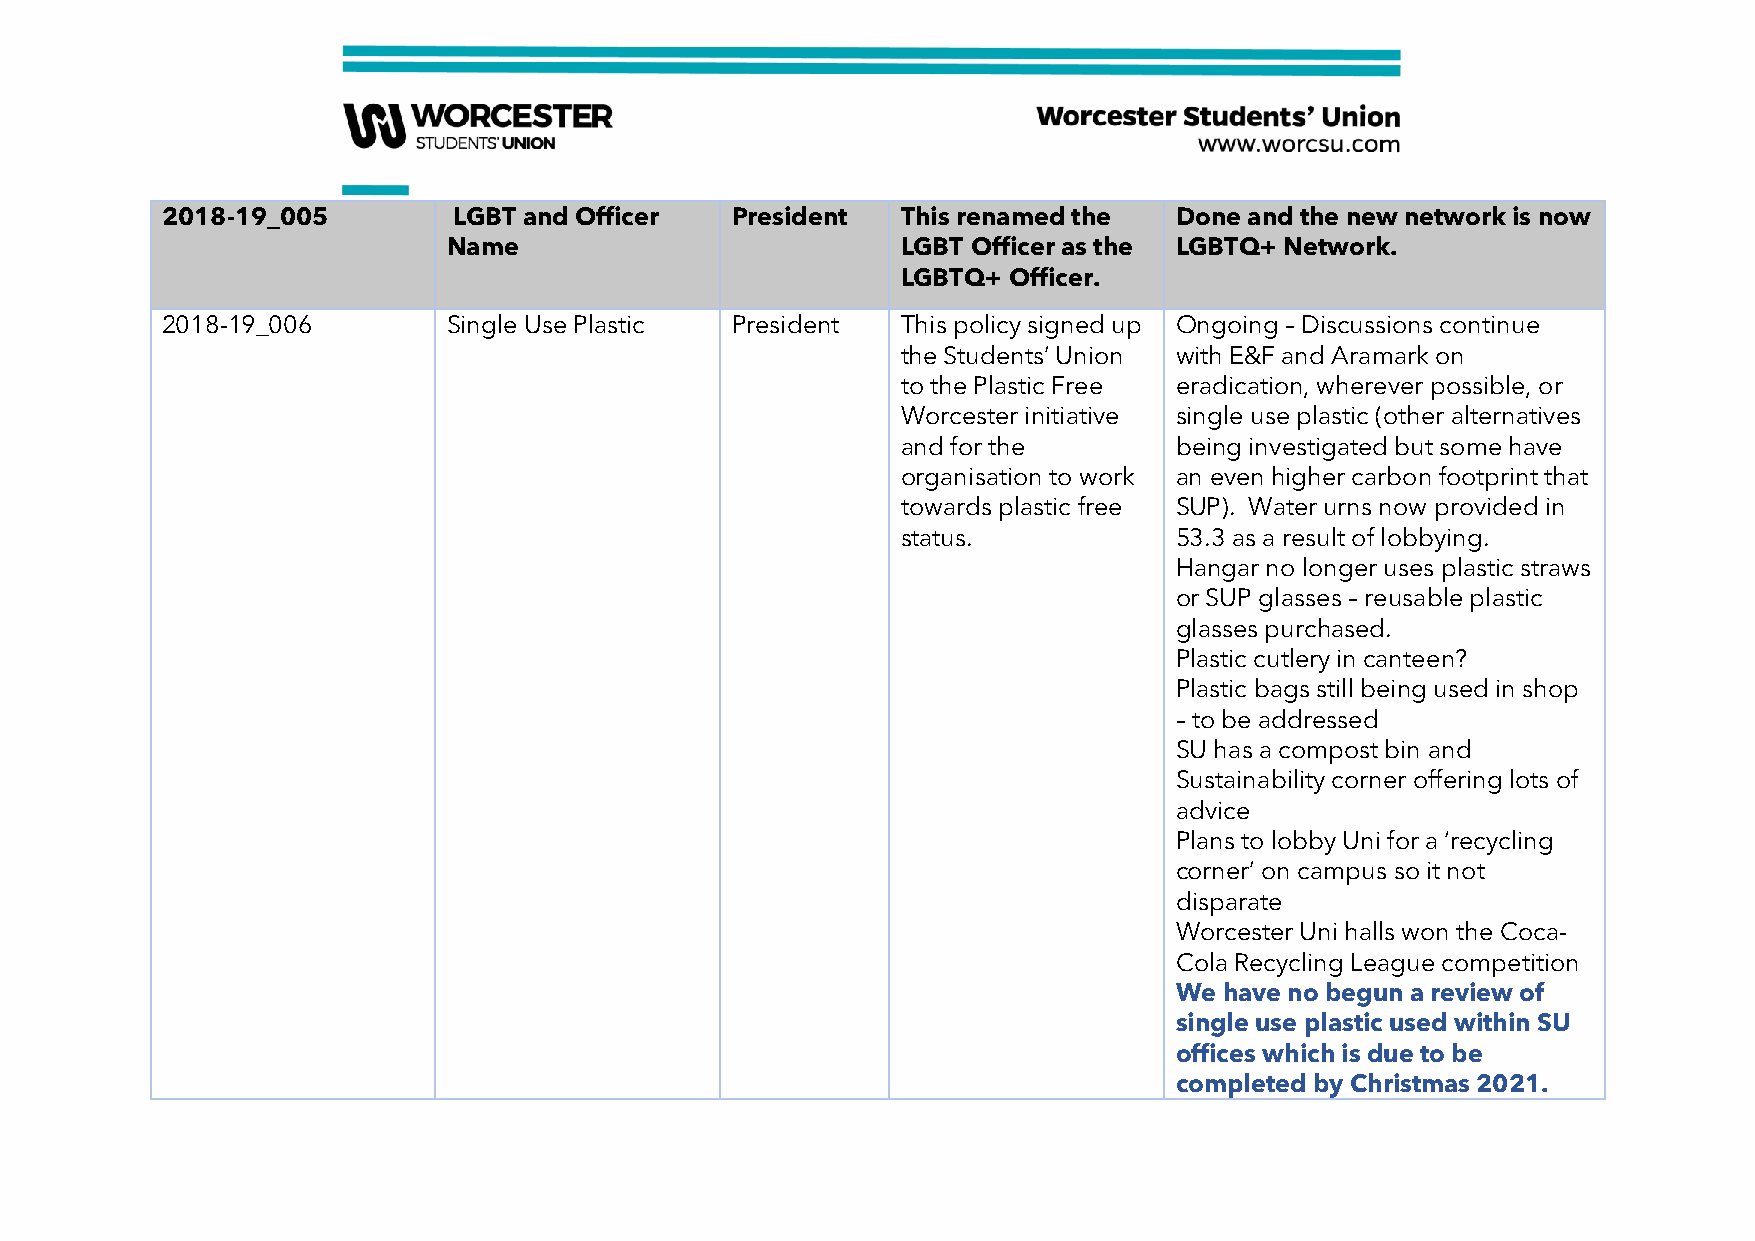
2018-19_005        LGBT and Officer  President   This renamed the  Done and the new network is now
 Name                          LGBT Officer as the LGBTQ+ Network.
 LGBTQ+ Officer.
 2018-19_006        Single Use Plastic President  This policy signed up Ongoing – Discussions continue
 the Students’ Union with E&F and Aramark on
 to the Plastic Free eradication, wherever possible, or
 Worcester initiative single use plastic (other alternatives
 and for the       being investigated but some have
 organisation to work an even higher carbon footprint that
 towards plastic free SUP). Water urns now provided in
 status.           53.3 as a result of lobbying.
 Hangar no longer uses plastic straws
 or SUP glasses – reusable plastic
 glasses purchased.
 Plastic cutlery in canteen?
 Plastic bags still being used in shop
 – to be addressed
 SU has a compost bin and
 Sustainability corner offering lots of
 advice
 Plans to lobby Uni for a ‘recycling
 corner’ on campus so it not
 disparate
 Worcester Uni halls won the Coca-
 Cola Recycling League competition
 We have no begun a review of
 single use plastic used within SU
 offices which is due to be
 completed by Christmas 2021.